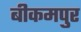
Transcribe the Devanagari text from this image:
बीकमपुर